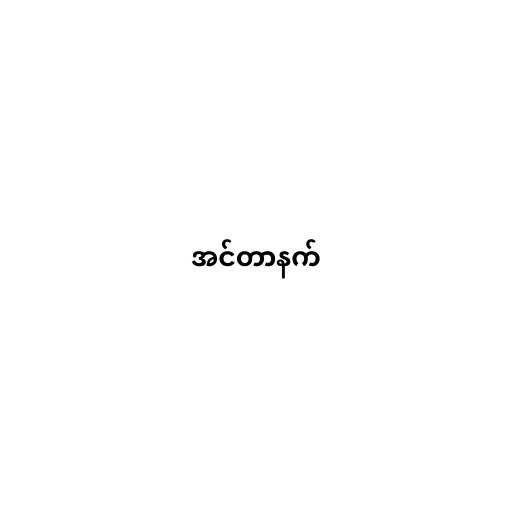
အင်တာနက်